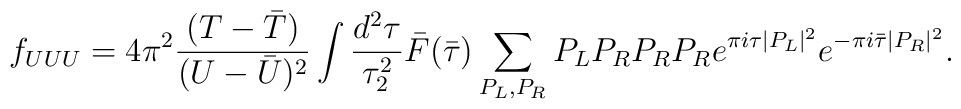
f_{UUU}= 4 \pi^2 \frac{(T-{\bar T})}{(U-{\bar U})^2} \int \frac{d^2 \tau}{\tau_2^2} {\bar F}({\bar \tau}) \sum_{P_L, P_R} P_L P_R P_R P_Re^{\pi i \tau |P_L|^2} e^{-\pi i {\bar \tau} |P_R|^2}.